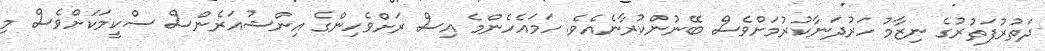
ދަތުރުފަތުރުގެ ނިޒާމު ހަރުދަނާކުރުމަށްވެސް ބޭނުންކުރާނެއެވެ. ހަމައެހެންމެ އިސް ރަށްވެހިންގެ އިންޝުއަރެންސް ސްކީމަކަށްވެސް މި